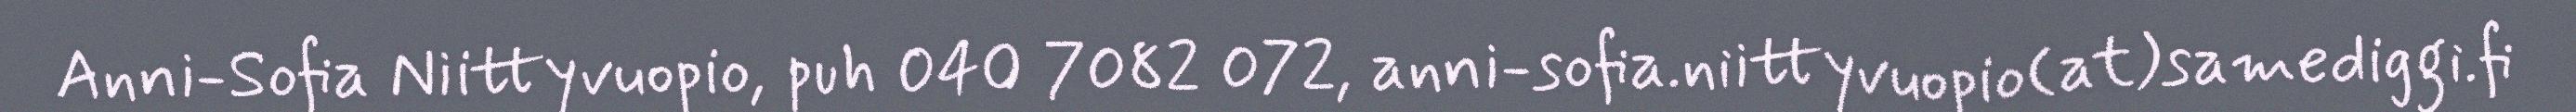
Anni-Sofia Niittyvuopio, puh 040 7082 072, anni-sofia.niittyvuopio(at)samediggi.fi